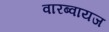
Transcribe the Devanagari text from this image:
वारब्वायज